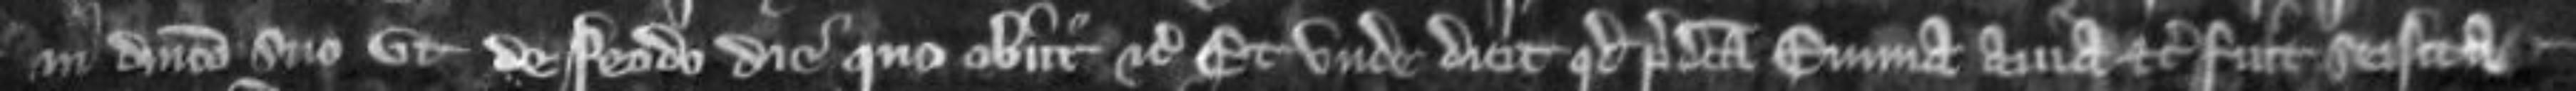
in dominico suo ut de feodo die quo obiit etc Et unde dicit quod predicta Emma avia etc fuit seisita